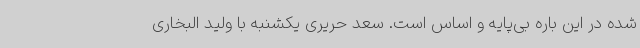
شده در این باره بی‌پایه و اساس است. سعد حریری یکشنبه با ولید البخاری